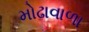
મોઢાવાળા